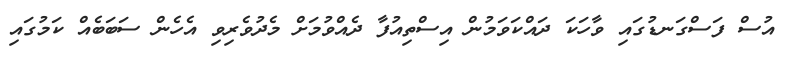
އުސް ފަސްގަނޑުގައި ވާހަކަ ދައްކަވަމުން އިސްތިއުފާ ދެއްވުމަށް މެދުވެރިވި އެހެން ސަބަބެއް ކަމުގައި